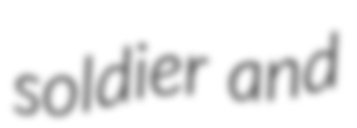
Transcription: soldier and